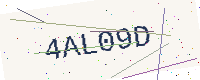
Text: 4AL09D